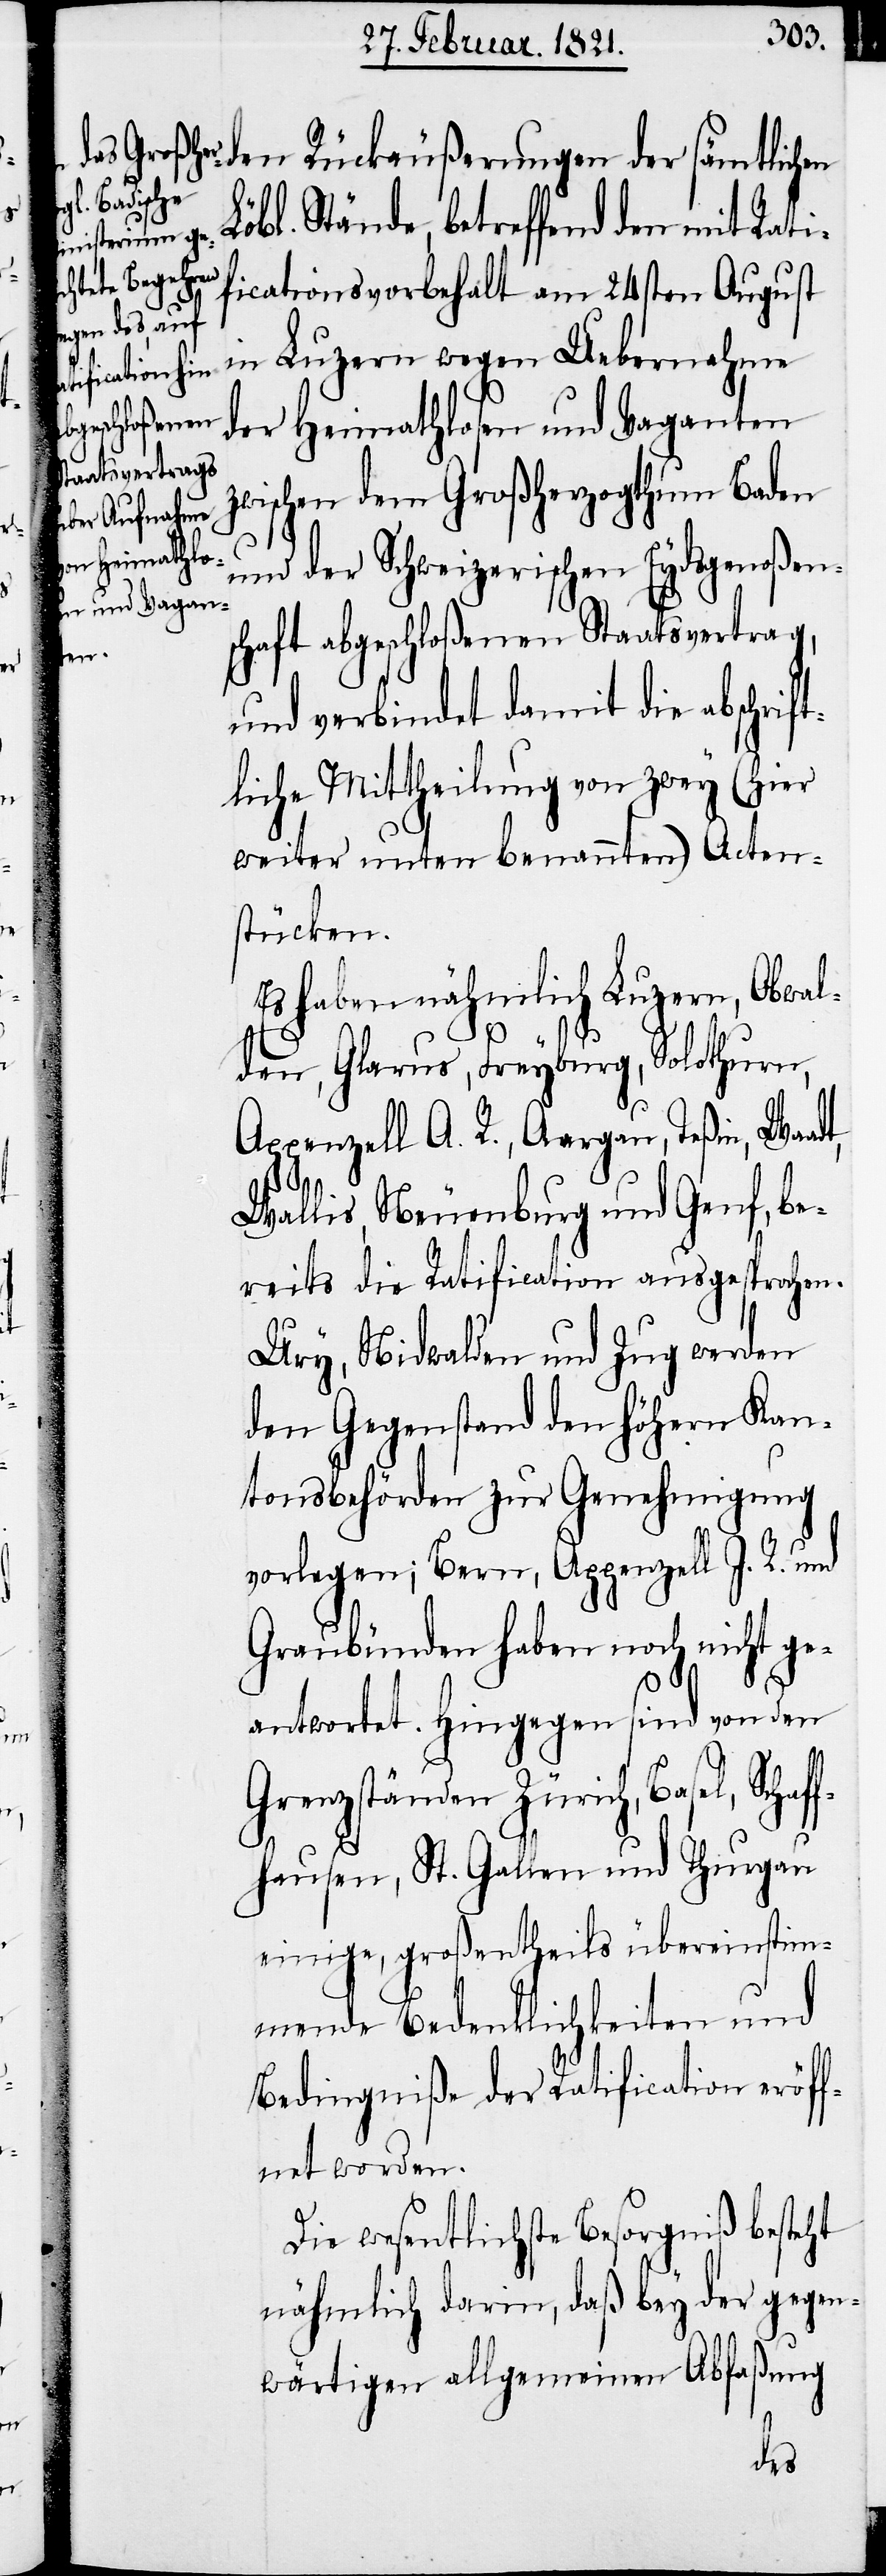
den Rückäußerungen der sämtlichen
Löbl. Stände, betreffend den mit Rati¬
ficationsvorbehalt am 24sten August
in Luzern wegen Uebernahme
der Heimathlosen und Vaganten
zwischen dem Großherzogthum Baden
und der Schweizerischen Eydsgenoßen¬
schaft abgeschloßenen Staatsvertrag,
haf¬
und verbindet damit die abschrif¬
tliche Mittheilung von zwey (hier
weiter unten benannten) Acten¬
stücken.
Es haben nähmlich Luzern, Obwa¬
lden, Glarus, Freyburg, Solothurn,
Appenzell A. R., Aargau, Teßin, Waa¬
Wallis, Neuenburg und Genf, be¬
reits die Ratification ausgesprochen.
Ury, Nidwalden und Zug werden
den Gegenstand den höhern Kan¬
tonsbehörden zu Genehmigung
vorlegen; Bern, Appenzell I. R. und
Graubünden haben noch nicht ge¬
antwortet. Hingegen sind von den
Grenzständen Zürich, Basel, Sc¬
fhausen, St. Gallen und Thurgau,
großentheils übereinstim¬
mende Bedenklichkeiten und
Bedingniße der Ratification eröff¬
net worden.
Die wesentlichste Besorgniß besteht
nähmlich darin, daß bey der gegen¬
wärtigen allgemeinen Abfaßung